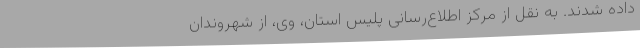
داده شدند. به نقل از مرکز اطلاع‌رسانی پلیس استان، وی، از شهروندان